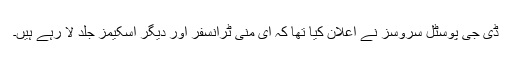
ڈی جی پوسٹل سروسز نے اعلان کیا تھا کہ ای منی ٹرانسفر اور دیگر اسکیمز جلد لا رہے ہیں۔